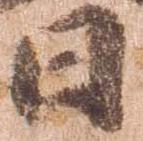
日